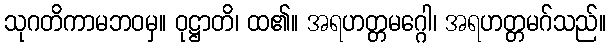
သုဂတိကာမဘဝမှ။ ဝုဋ္ဌာတိ၊ ထ၏။ အရဟတ္တမဂ္ဂေါ၊ အရဟတ္တမဂ်သည်။